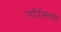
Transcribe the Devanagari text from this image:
लॉर्डसच्या